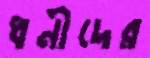
ধনীদের